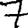
Digit: 7